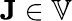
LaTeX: \mathbf{J}\in\mathbb{V}